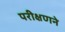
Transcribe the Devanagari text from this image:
परीक्षणने